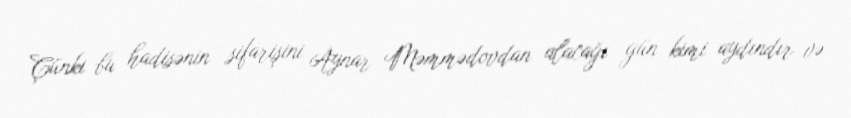
Çünki bu hadisənin sifarişini Aynar Məmmədovdan alacağı gün kimi aydındır və